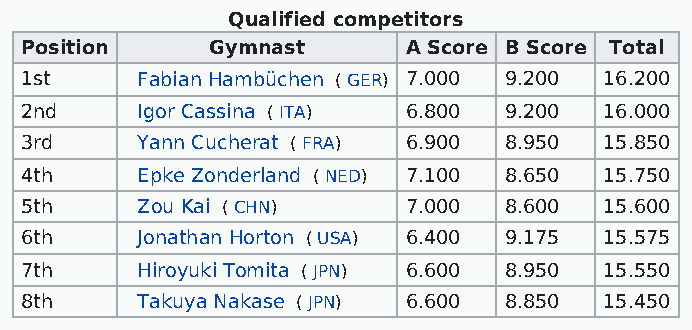
Qualified competitors
 Position     Gymnast      A Score B Score Total
 1st     Fabian Hambüchen ( GER) 7.000 9.200 16.200
 2nd     Igor Cassina ( ITA) 6.800 9.200 16.000
 3rd     Yann Cucherat ( FRA) 6.900 8.950 15.850
 4th     Epke Zonderland ( NED) 7.100 8.650 15.750
 5th     Zou Kai ( CHN)    7.000 8.600  15.600
 6th     Jonathan Horton ( USA) 6.400 9.175 15.575
 7th     Hiroyuki Tomita ( JPN) 6.600 8.950 15.550
 8th     Takuya Nakase ( JPN) 6.600 8.850 15.450